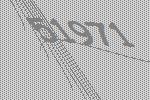
51971